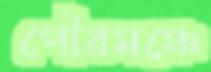
পৌরমঞ্চে